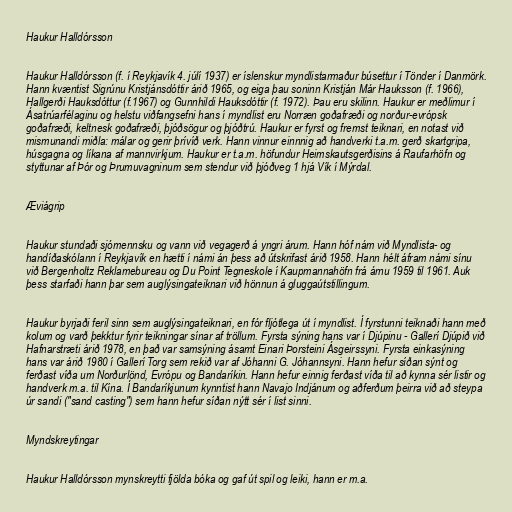
Haukur Halldórsson

Haukur Halldórsson (f. í Reykjavík 4. júlí 1937) er íslenskur myndlistarmaður búsettur í Tönder í Danmörk.
Hann kvæntist Sigrúnu Kristjánsdóttir árið 1965, og eiga þau soninn Kristján Már Hauksson (f. 1966),
Hallgerði Hauksdóttur (f.1967) og Gunnhildi Hauksdóttir (f. 1972). Þau eru skilinn. Haukur er meðlimur í
Ásatrúarfélaginu og helstu viðfangsefni hans í myndlist eru Norræn goðafræði og norður-evrópsk
goðafræði, keltnesk goðafræði, þjóðsögur og þjóðtrú. Haukur er fyrst og fremst teiknari, en notast við
mismunandi miðla: málar og gerir þrívíð verk. Hann vinnur einnnig að handverki t.a.m. gerð skartgripa,
húsgagna og líkana af mannvirkjum. Haukur er t.a.m. höfundur Heimskautsgerðisins á Raufarhöfn og
styttunar af Þór og Þrumuvagninum sem stendur við þjóðveg 1 hjá Vík í Mýrdal.

Æviágrip

Haukur stundaði sjómennsku og vann við vegagerð á yngri árum. Hann hóf nám við Myndlista- og
handíðaskólann í Reykjavík en hætti í námi án þess að útskrifast árið 1958. Hann hélt áfram námi sínu
við Bergenholtz Reklamebureau og Du Point Tegneskole í Kaupmannahöfn frá árnu 1959 til 1961. Auk
þess starfaði hann þar sem auglýsingateiknari við hönnun á gluggaútstillingum.

Haukur byrjaði feril sinn sem auglýsingateiknari, en fór fljótlega út í myndlist. Í fyrstunni teiknaði hann með
kolum og varð þekktur fyrir teikningar sínar af tröllum. Fyrsta sýning hans var í Djúpinu - Gallerí Djúpið við
Hafnarstræti árið 1978, en það var samsýning ásamt Einari Þorsteini Ásgeirssyni. Fyrsta einkasýning
hans var árið 1980 í Gallerí Torg sem rekið var af Jóhanni G. Jóhannsyni. Hann hefur síðan sýnt og
ferðast víða um Norðurlönd, Evrópu og Bandaríkin. Hann hefur einnig ferðast víða til að kynna sér listir og
handverk m.a. til Kína. Í Bandaríkjunum kynntist hann Navajo Indjánum og aðferðum þeirra við að steypa
úr sandi ("sand casting") sem hann hefur síðan nýtt sér í list sinni.

Myndskreytingar

Haukur Halldórsson mynskreytti fjölda bóka og gaf út spil og leiki, hann er m.a.